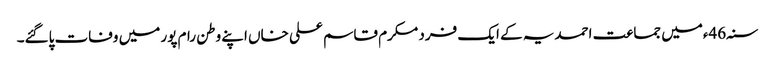
سنہ46ءمیں جماعت احمدیہ کے ایک فرد مکرم قاسم علی خاں اپنے وطن رام پور میں وفات پاگئے۔